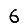
Digit: 6